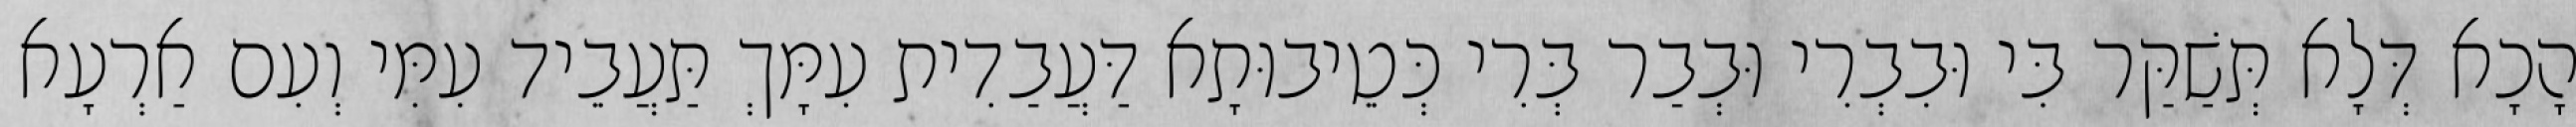
הָכָא דְּלָא תְּשַׁקַּר בִּי וּבִבְרִי וּבְבַר בְּרִי כְּטֵיבוּתָא דַּעֲבַדִית עִמָּךְ תַּעֲבֵיד עִמִּי וְעִם אַרְעָא